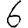
Digit: 6